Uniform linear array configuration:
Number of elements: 24
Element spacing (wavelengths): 0.75
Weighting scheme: blackman
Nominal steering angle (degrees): -45
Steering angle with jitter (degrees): -44.175
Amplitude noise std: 0.05
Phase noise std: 0.05

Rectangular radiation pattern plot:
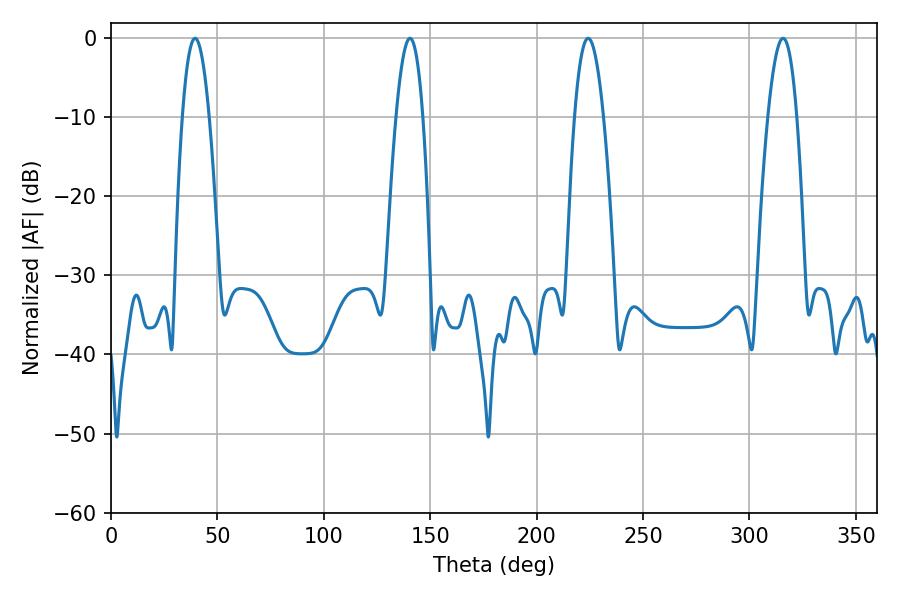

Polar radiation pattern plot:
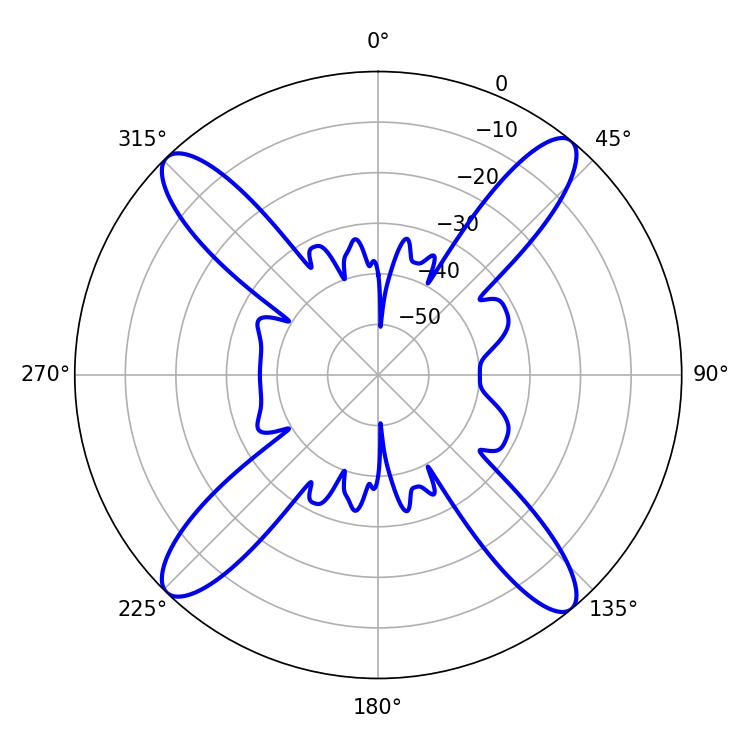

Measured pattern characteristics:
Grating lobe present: TRUE
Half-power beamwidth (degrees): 7.38
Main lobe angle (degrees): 224.28